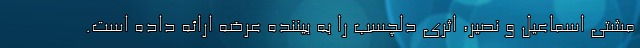
مشتی اسماعیل و نصیر، اثری دلچسب را به بیننده عرضه ارائه داده است.